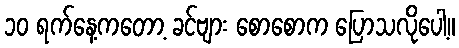
၁၀ ရက်နေ့ကတော့ ခင်ဗျား စောစောက ပြောသလိုပေါ့။